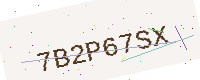
Text: 7B2P67SX